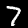
Digit: 7